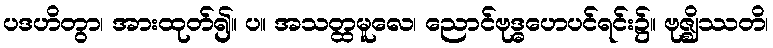
ပဒဟိတွာ၊ အားထုတ်၍။ ပ။ အသတ္ထမူလေ၊ ညောင်ဗုဒ္ဓဟေပင်ရင်း၌။ ဗုဇ္ဈိဿတိ၊